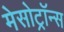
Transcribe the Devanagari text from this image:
मेसोट्रॉन्स